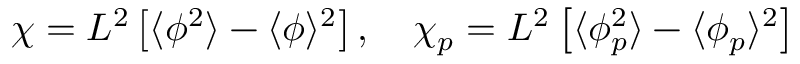
\chi = L ^ { 2 } \left[ \langle \phi ^ { 2 } \rangle - \langle \phi \rangle ^ { 2 } \right] , \ \ \ \chi _ { p } = L ^ { 2 } \left[ \langle \phi _ { p } ^ { 2 } \rangle - \langle \phi _ { p } \rangle ^ { 2 } \right]